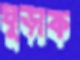
ঘুড়াক